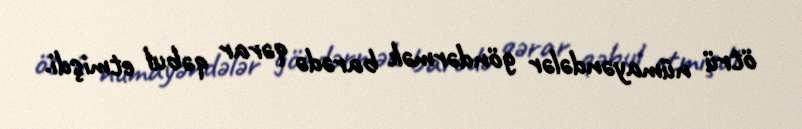
ötrü nümayəndələr göndərmək barədə qərar qəbul etmişdi.